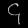
Digit: ၄